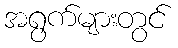
အရွက်များတွင်